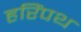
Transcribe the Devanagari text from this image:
हरिंपथ